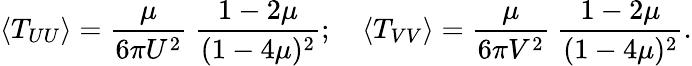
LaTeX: \left<T_{UU}\right>={\frac{\mu}{6\pi U^{2}}}\ {\frac{1-2\mu}{(1-4\mu)^{2}}};\quad\left<T_{VV}\right>={\frac{\mu}{6\pi V^{2}}}\ {\frac{1-2\mu}{(1-4\mu)^{2}}}.